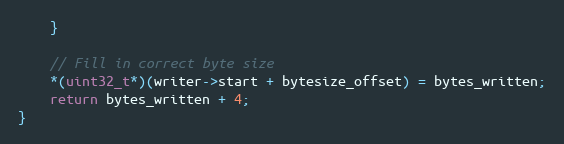
Language: C
    }

    // Fill in correct byte size
    *(uint32_t*)(writer->start + bytesize_offset) = bytes_written;
    return bytes_written + 4;
}